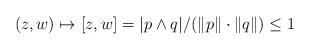
LaTeX: \begin{gather*} (z,w)\mapsto [z,w]=|p\wedge q|/(\|p\|\cdot\|q\|)\le 1\end{gather*}